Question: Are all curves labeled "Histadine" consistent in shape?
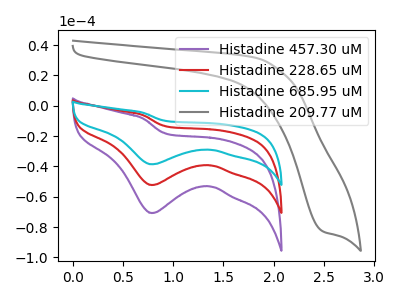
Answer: <think>The purple curve "Histadine 457.30 uM" has a cathodic peak at: (0.80V, -70.75uA). The red curve "Histadine 228.65 uM" has a cathodic peak at: (0.80V, -52.30uA). The cyan curve "Histadine 685.95 uM" has a cathodic peak at: (0.80V, -104.55uA). The gray curve "Histadine 209.77 uM" has a cathodic peak at: (2.50V, -82.70uA).
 All the peaks in "Histadine 457.30 uM" have a peak in "Histadine 228.65 uM" at the same potential. Every peak in "Histadine 457.30 uM" is higher than every peak in "Histadine 228.65 uM". All the peaks in "Histadine 457.30 uM" have a peak in "Histadine 685.95 uM" at the same potential. Every peak in "Histadine 457.30 uM" is lower than every peak in "Histadine 685.95 uM". "Histadine 457.30 uM" and "Histadine 209.77 uM" have at least one peak that do not match. All the peaks in "Histadine 228.65 uM" have a peak in "Histadine 685.95 uM" at the same potential. Every peak in "Histadine 228.65 uM" is lower than every peak in "Histadine 685.95 uM". "Histadine 228.65 uM" and "Histadine 209.77 uM" have at least one peak that do not match. "Histadine 685.95 uM" and "Histadine 209.77 uM" have at least one peak that do not match.</think>
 <answer>All the CV's of "Histadine" have similar shape.</answer>
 <eval>follow_rule</eval>